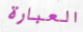
العبارة